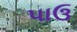
પાઉ